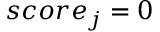
s c o r e _ { j } = 0